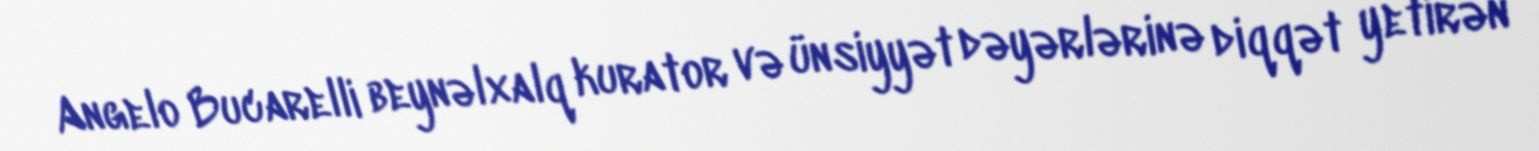
Angelo Bucarelli beynəlxalq kurator və ünsiyyət dəyərlərinə diqqət yetirən